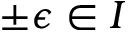
\pm \epsilon \in I